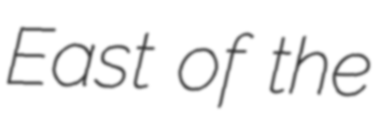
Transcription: East of the